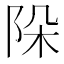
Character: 𨹄